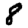
Digit: 8